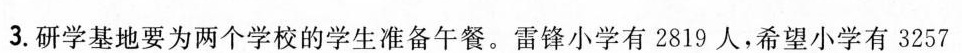
3.研学基地要为两个学校的学生准备午餐。雷锋小学有2819人，希望小学有3257